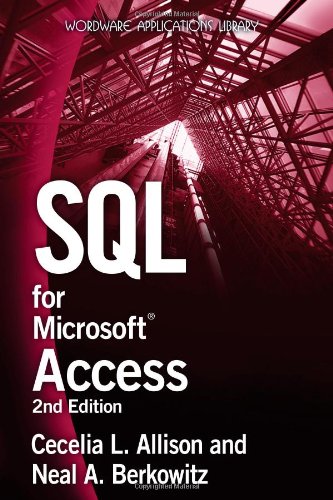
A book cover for SQL For Microsoft Access (Wordware Applications Library); Cecelia L. Allison; Computers & Technology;